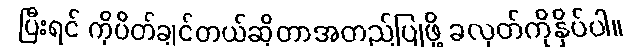
ပြီးရင် ကိုပိတ်ချင်တယ်ဆိုတာအတည်ပြုဖို့ ခလုတ်ကိုနှိပ်ပါ။